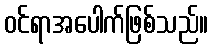
ဝင်ရာအပေါက်ဖြစ်သည်။